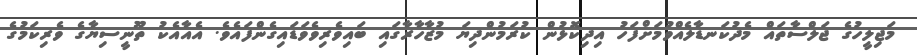
މަޖިލީހުގެ ޖަލްސާތައް މެދުކަނޑާލެއްވުމަށްފަހު އިދިކޮޅުން ކުރަމުންދިޔަ މުޒާހާރާގައި ބައިވެރިވެވަޑައިގެންފައެވެ. އެއާއެކު ތޫނީސިޔާގެ ވެރިކަމުގެ